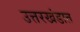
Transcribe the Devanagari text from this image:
उत्तरखंडात